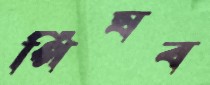
পিষব